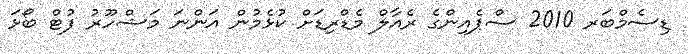
ޑިސެމްބަރ 2010 ސްޕެއިންގެ ރެއާލް މެޑްރިޑަށް ކުޅެމުން އަންނަ މަޝްހޫރު ފުޓް ބޯޅަ